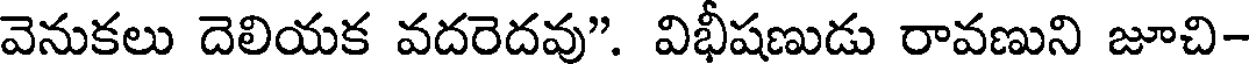
వెనుకలు దెలియక వదరెదవు". విభీషణుడు రావణుని జూచి-